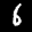
Label: 6